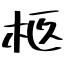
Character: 柩